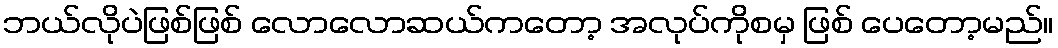
ဘယ်လိုပဲဖြစ်ဖြစ် လောလောဆယ်ကတော့ အလုပ်ကိုစမှ ဖြစ် ပေတော့မည်။